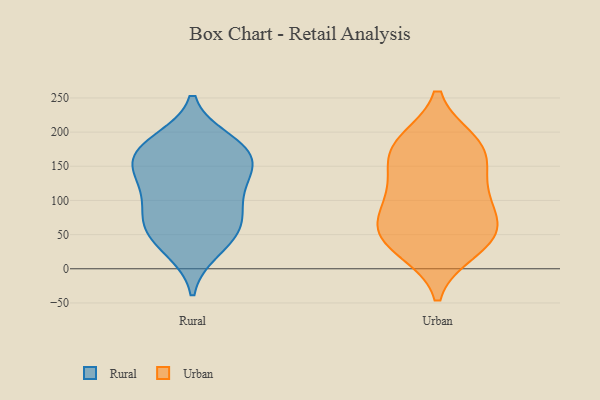
{"axis": {"x": "Website Visitors", "y": "Value"}, "legend": ["Rural", "Urban"], "data": [{"x": "", "y": 71, "type": "Rural"}, {"x": "", "y": 81, "type": "Rural"}, {"x": "", "y": 147, "type": "Rural"}, {"x": "", "y": 56, "type": "Rural"}, {"x": "", "y": 38, "type": "Rural"}, {"x": "", "y": 177, "type": "Rural"}, {"x": "", "y": 28, "type": "Rural"}, {"x": "", "y": 72, "type": "Rural"}, {"x": "", "y": 179, "type": "Rural"}, {"x": "", "y": 119, "type": "Rural"}, {"x": "", "y": 160, "type": "Rural"}, {"x": "", "y": 115, "type": "Rural"}, {"x": "", "y": 137, "type": "Rural"}, {"x": "", "y": 166, "type": "Rural"}, {"x": "", "y": 186, "type": "Rural"}, {"x": "", "y": 112, "type": "Urban"}, {"x": "", "y": 54, "type": "Urban"}, {"x": "", "y": 39, "type": "Urban"}, {"x": "", "y": 29, "type": "Urban"}, {"x": "", "y": 92, "type": "Urban"}, {"x": "", "y": 180, "type": "Urban"}, {"x": "", "y": 172, "type": "Urban"}, {"x": "", "y": 52, "type": "Urban"}, {"x": "", "y": 63, "type": "Urban"}, {"x": "", "y": 184, "type": "Urban"}, {"x": "", "y": 119, "type": "Urban"}, {"x": "", "y": 164, "type": "Urban"}]}